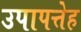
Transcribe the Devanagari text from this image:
उपापत्तेह